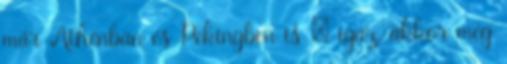
már Athénban és Pekingben is – igaz, akkor még